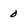
Character: 0